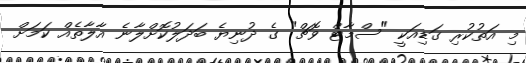
މި އަތުކުރި ގަޑިއަކީ "ސްމާޓް ވޮޗް" ގެ ދުނިޔެ ބަދަލުކޮށްލާނެ އާލާތެއް ކަމަށް